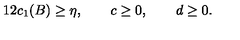
1 2 c _ { 1 } ( B ) \geq \eta , \qquad c \geq 0 , \qquad d \geq 0 .